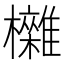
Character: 𣠥